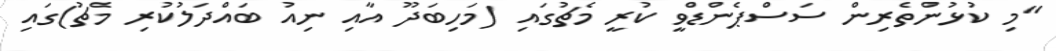
"މި ކުޅުންތެރިން ސަސްޕެންޑްވީ ކުރީ މެޗުގައި (މަހިބަދޫ އާއި ނިއު ބައްދަލުކުރި މެޗު)ގައި